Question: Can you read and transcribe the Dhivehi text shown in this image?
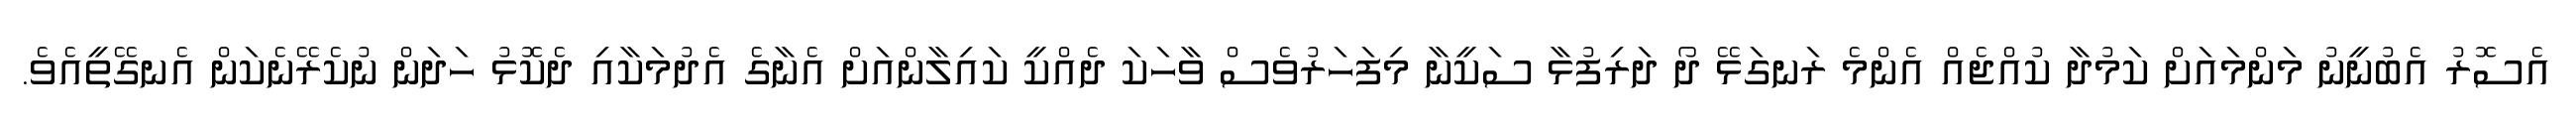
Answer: އެސޮރު އެބުނީނު މަންމައަށް ކަމުދާ ކުއްޖެއް އެންމެ ރަނގަޅޭ ދޯ ދަރިފުޅާ ސަކީނާ މިފަހަރުވެސް ވާހަކަ ދެއްކީ ކައިލާންއަށް އެނާގެ އެދުމަކާއި ދެކޮޅު ހަދަން ނުކެރޭނެކަން އެނގޭތީއެވެ.